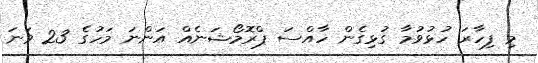
މި ފިހާރަ ހުޅުވުމާ ގުޅިގެން ހާއްސަ ޕްރޮމޯޝަނެއް އަންނަ މަހުގެ 23 ވަނަ